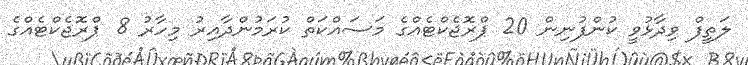
ލަތީފް ވިދާޅުވީ ކުންފުނިން 20 ޕްރޮޖެކްޓެއްގެ މަސައްކަތް ކުރަމުންދާއިރު މިހާރު 8 ޕްރޮޖެކްޓެއްގެ